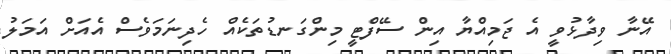
އޭނާ ވިދާޅުވީ އެ ޖަމިއްޔާ އިން ސޭފްޓީ މިންގަނޑުތަކެއް ހެދިނަމަވެސް އެއަށް އަމަލު